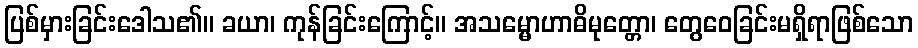
ပြစ်မှားခြင်းဒေါသ၏။ ခယာ၊ ကုန်ခြင်းကြောင့်။ အသမ္မောဟာဓိမုတ္တော၊ တွေဝေခြင်းမရှိရာဖြစ်သော